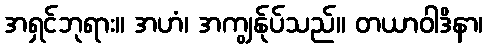
အရှင်ဘုရား။ အဟံ၊ အကျွန်ုပ်သည်။ တယာဝါဒိနာ၊